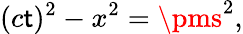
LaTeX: (c\mathsf{t})^{2}-x^{2}=\pms^{2},